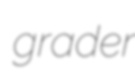
grader